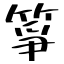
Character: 箏